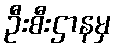
ဦးစီးဌာနမှ